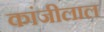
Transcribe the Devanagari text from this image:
कांजीलाल